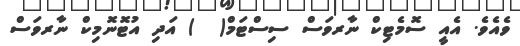
ވެއެވެ. އެއީ ސޮމެޓިކް ނާރވަސް ސިސްޓަމް(  ) އަދި އުޓޮނޮމިކް ނާރވަސް